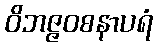
ဝိဘဇ္ဇဝစနာပရံ